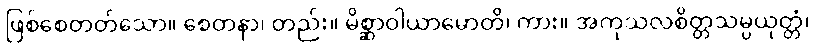
ဖြစ်စေတတ်သော။ စေတနာ၊ တည်း။ မိစ္ဆာဝါယာမောတိ၊ ကား။ အကုသလစိတ္တသမ္ပယုတ္တံ၊